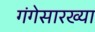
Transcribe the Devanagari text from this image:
गंगेसारख्या